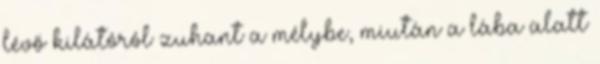
lévő kilátóról zuhant a mélybe, miután a lába alatt